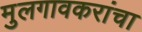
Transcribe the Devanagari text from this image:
मुलगावकरांचा